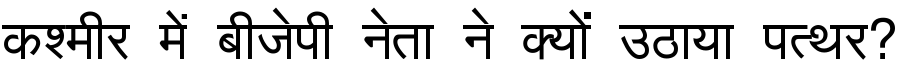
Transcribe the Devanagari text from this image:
कश्मीर में बीजेपी नेता ने क्यों उठाया पत्थर?